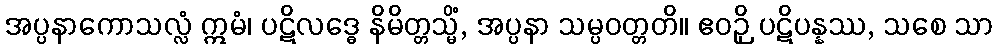
အပ္ပနာကောသလ္လံ ဣမံ၊ ပဋိလဒ္ဓေ နိမိတ္တသ္မိံ, အပ္ပနာ သမ္ပဝတ္တတိ။ ဧဝဉှိ ပဋိပန္နဿ, သစေ သာ